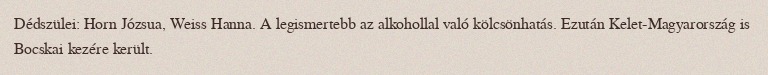
Dédszülei: Horn Józsua, Weiss Hanna. A legismertebb az alkohollal való kölcsönhatás. Ezután Kelet-Magyarország is Bocskai kezére került.